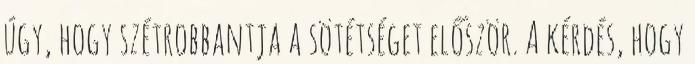
úgy, hogy szétrobbantja a sötétséget először. A kérdés, hogy